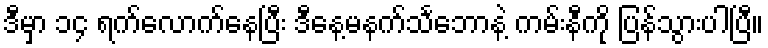
ဒီမှာ ၁၄ ရက်လောက်နေပြီး ဒီနေ့မနက်သင်္ဘောနဲ့ ကမ်းနီကို ပြန်သွားပါပြီ။